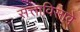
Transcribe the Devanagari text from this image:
सत्ताविसावे